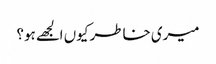
میری خاطر کیوں الجھے ہو؟